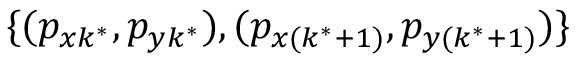
\{ ( p _ { x k ^ { \ast } } , p _ { y k ^ { \ast } } ) , ( p _ { x ( k ^ { \ast } + 1 ) } , p _ { y ( k ^ { \ast } + 1 ) } ) \}